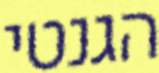
הגנטי